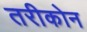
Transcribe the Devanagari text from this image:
तरीकोन